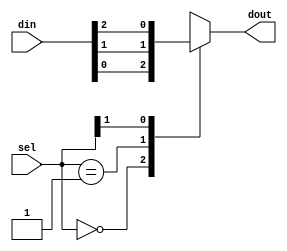
module sel3to1(din, sel, dout);
input [2:0] din;
input[1:0] sel;
output dout;

function select;
input [2:0] din;
input [1:0] sel;
    casex (sel)
        2'b00:  select = din[0];
        2'b01:  select = din[1];
        2'b1x:  select = din[2];
    endcase
endfunction

assign dout = select(din, sel);

endmodule